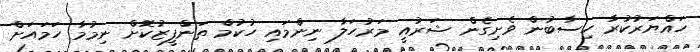
ހައްޔަރުކުރާ ހިސާބުން ވެށިގެން ޝަރުއީ މަރުހަލާ ނިންމައި ހުކުމް ތަންފީޒުކޮށް ނިމުމާ ހަމައަށް